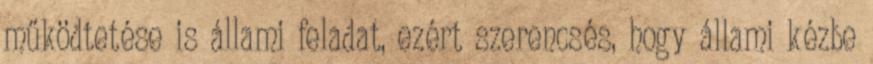
működtetése is állami feladat, ezért szerencsés, hogy állami kézbe